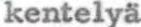
kentelyä